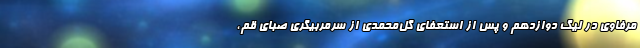
مرفاوی در لیگ دوازدهم و پس از استعفای گل‌محمدی از سرمربیگری صبای قم،